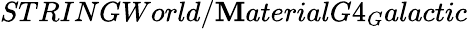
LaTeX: STRINGWorld/\mathbf{M}aterialG4_{G}alactic